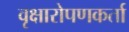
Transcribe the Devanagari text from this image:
वृक्षारोपणकर्ता